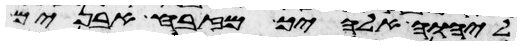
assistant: ליהוה אלהיך מזבח אבנים